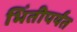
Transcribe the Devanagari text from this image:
भिंतीपर्यंत